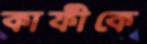
কাফীকে